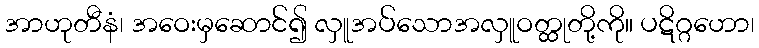
အာဟုတီနံ၊ အဝေးမှဆောင်၍ လှူအပ်သောအလှူဝတ္ထုတို့ကို။ ပဋိဂ္ဂဟော၊